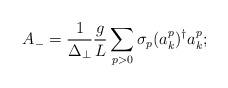
LaTeX: \begin{align*}A_- = \frac{1}{\Delta_\perp}\frac{g}{L}\sum_{p>0}\sigma_p(a^p_k)^\dagger a^p_k;\end{align*}